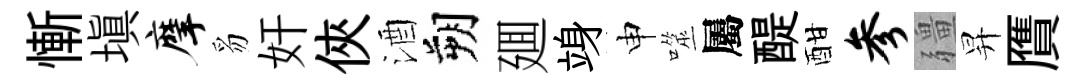
慚填摩豸奸俠酒朔廽竧申噬屬醍酣参疆昇贋